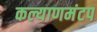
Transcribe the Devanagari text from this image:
कल्याणमंटप